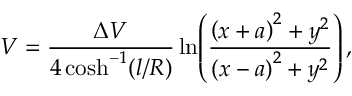
V = \frac { \Delta V } { 4 \cosh ^ { - 1 } ( l / R ) } \ln \! \left( \frac { { \left( x + a \right) ^ { 2 } + y ^ { 2 } } } { { \left( x - a \right) ^ { 2 } + y ^ { 2 } } } \right) ,